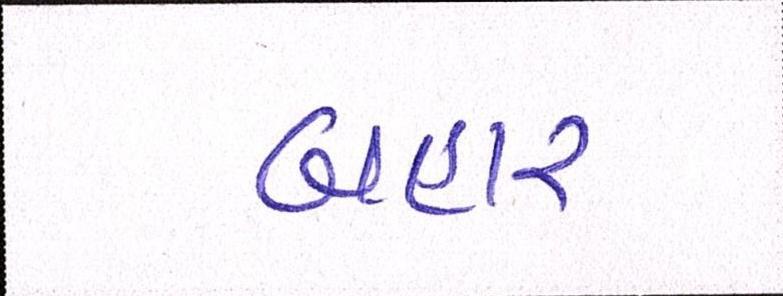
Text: બહાર